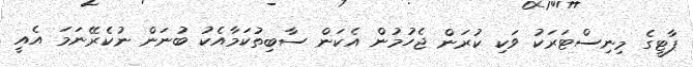
ޕާޓީގެ މިނިސްޓަރަކު ވަކި ކުރަން ޖެހުމުން އެކަން ސާބިތުކަމާއެކު ބުނަން ނުކެރޭނަމަ އެއީ